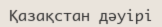
Қазақстан дәуірі